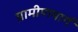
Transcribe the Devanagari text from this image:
ग्रामीणमार्ग